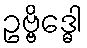
ဥဗ္ဗိဒ္ဓေါ